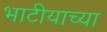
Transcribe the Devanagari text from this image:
भाटीयाच्या